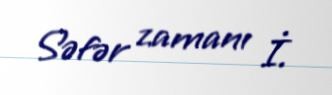
Səfər zamanı İ.